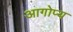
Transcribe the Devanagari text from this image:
आगोप्य